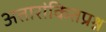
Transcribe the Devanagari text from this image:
अतारांकितप्रश्न